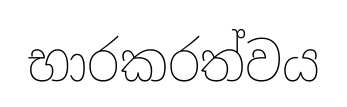
භාරකරත්වය